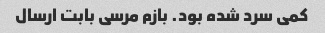
کمی سرد شده بود. بازم مرسی بابت ارسال